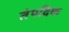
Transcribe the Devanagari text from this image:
तेपदिक